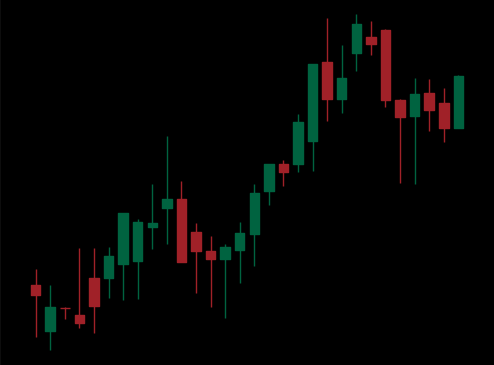
Pattern: unclassified